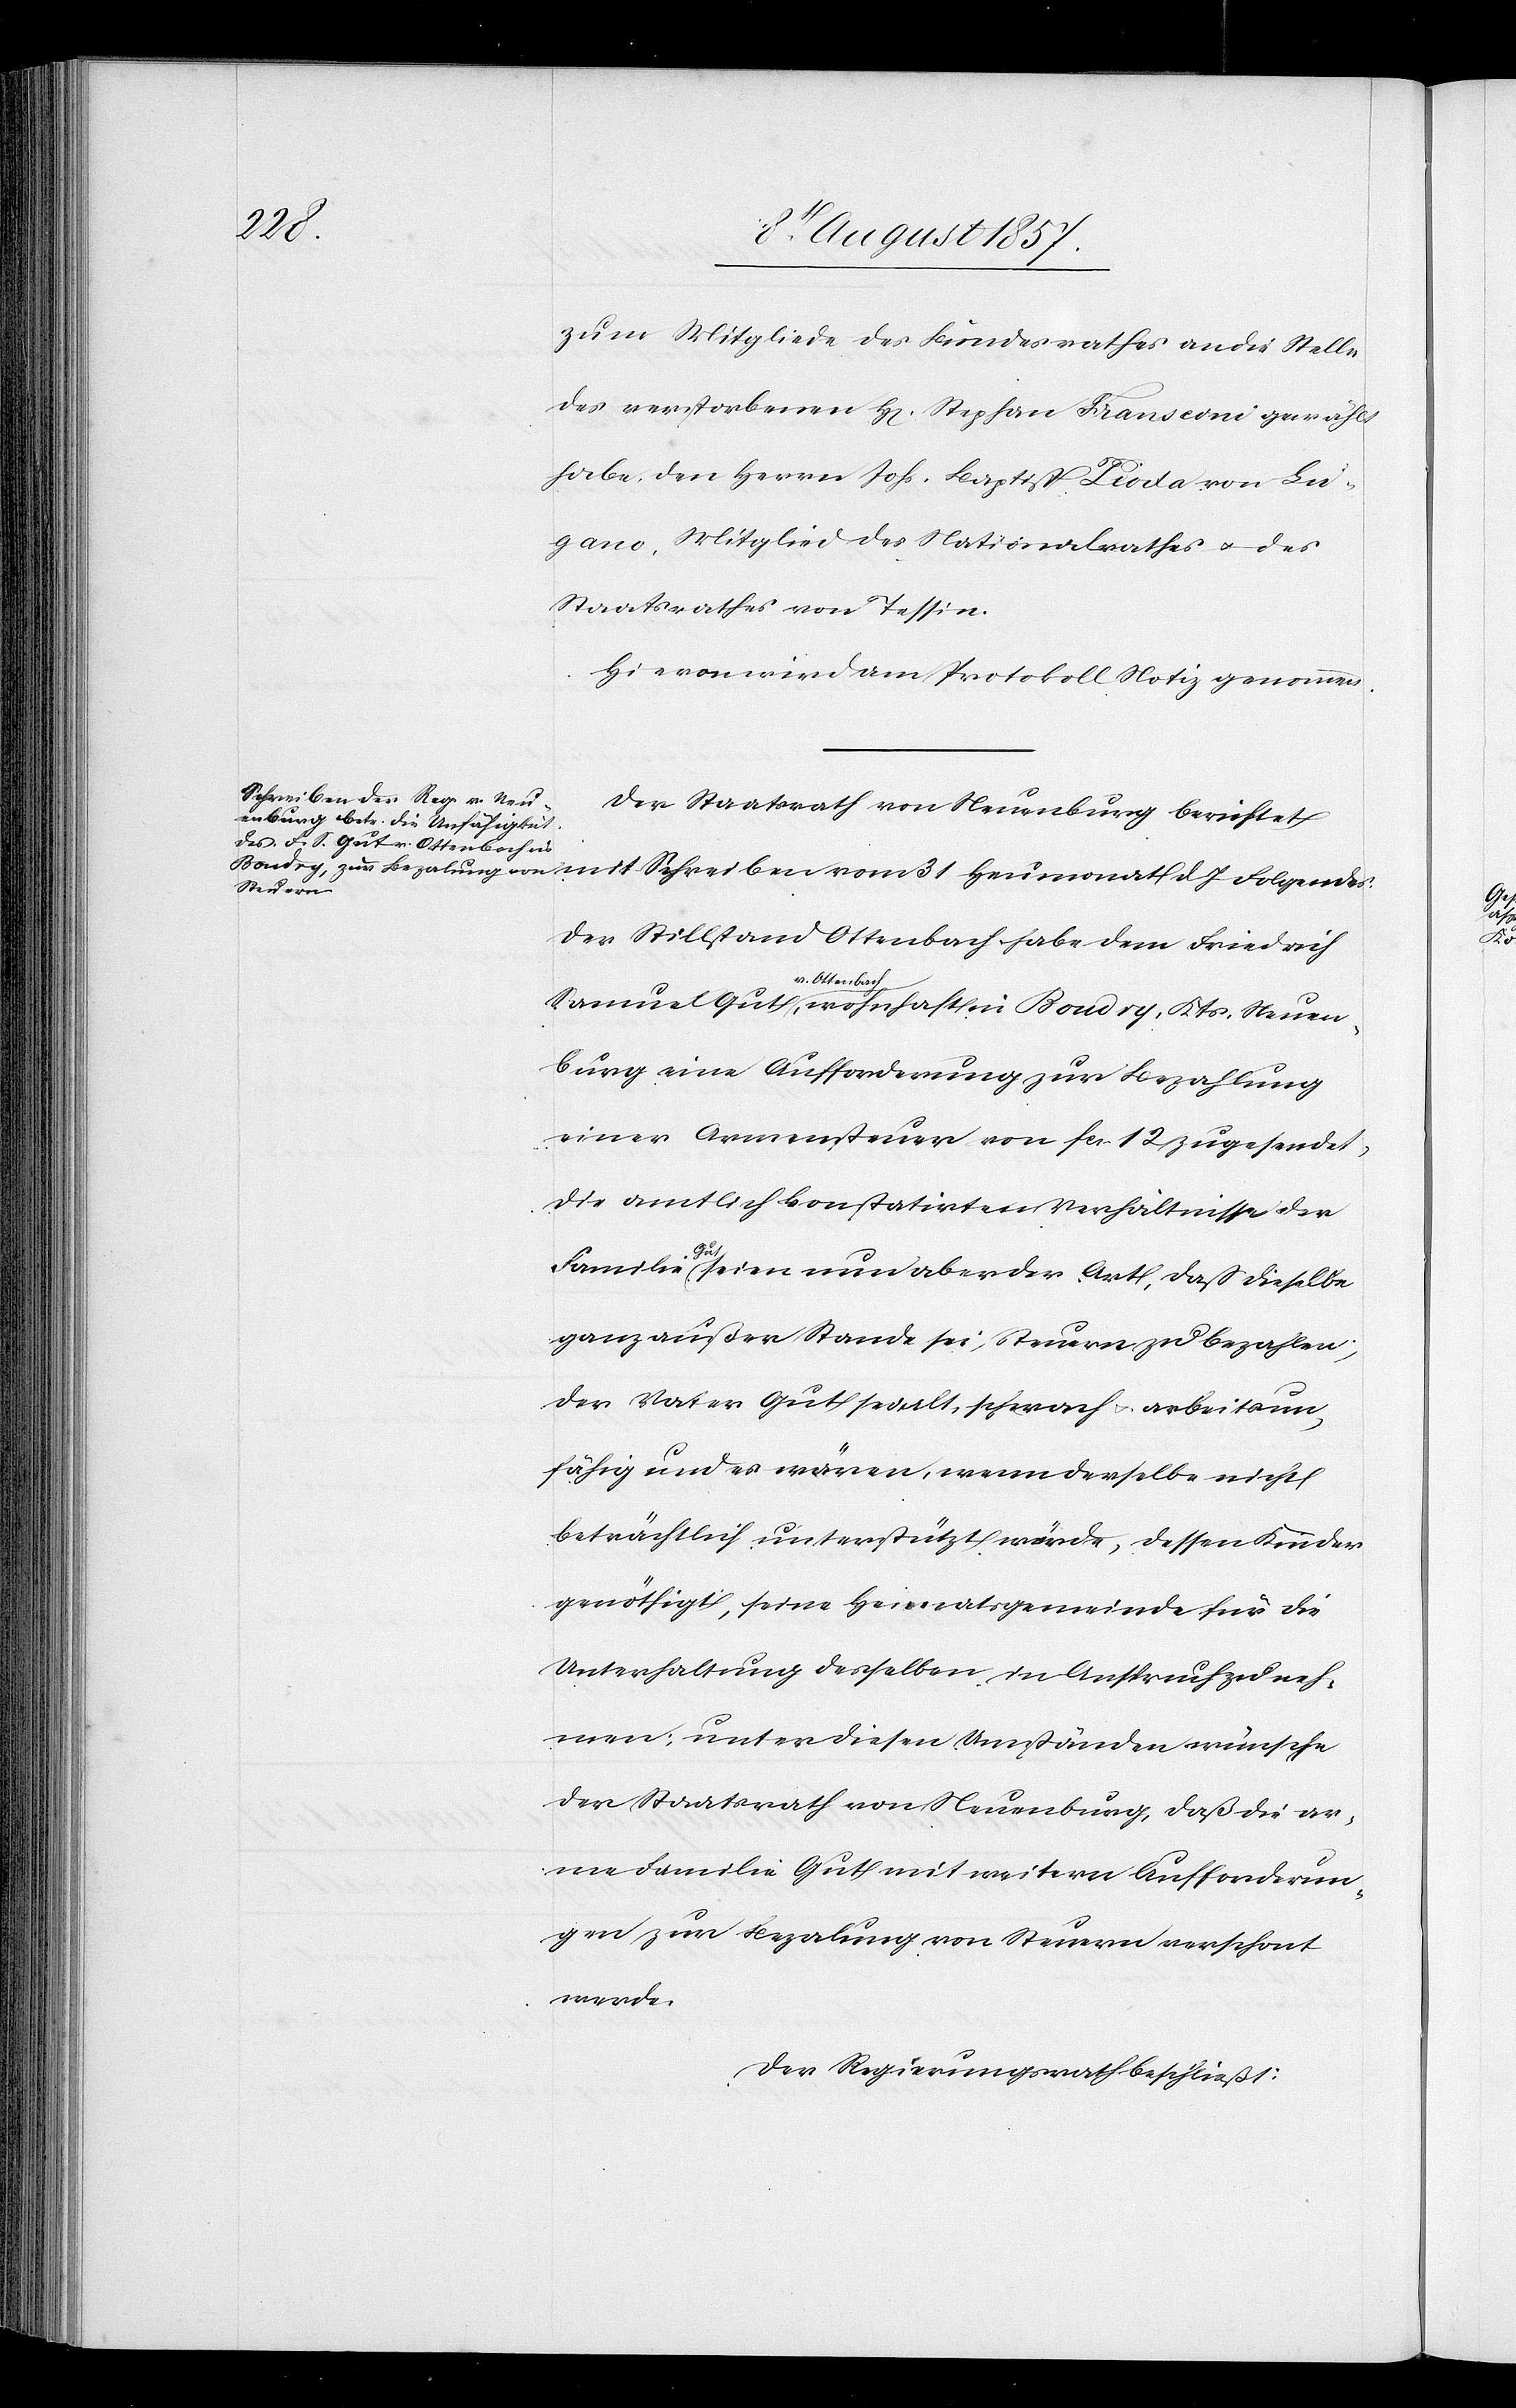
Kts.
zum Mitgliede des Bundesrathes an die Stelle
des verstorbenen H[errn] Stephan Fransconi gewählt
habe, den Herrn Johs. Baptist Piota von Lu¬
gano, Mitglied des Nationalrathes & des
Staatsrathes von Tessin.
Hievon wird am Protokoll Notiz genommen.
Der Staatsrath von Neuenburg berichtet
Neuen¬
Der Stillstand Ottenbach habe dem Friedrich
v. Ottenbach,
burg eine Aufforderung zur Bezahlung
einer Armensteuer von fcs. 12 zugesendet,
die amtlich konstatirten Verhältnisse der
Familie Gut seien nun aber der Art, daß dieselbe
ganz außer Stande sei, Steuern zu bezahlen;
der Vater Gut sei alt, schwach & arbeitsun¬
fähig und es wären, wenn derselbe nicht
beträchtlich unterstützt würde, dessen Kinder
genöthigt, seine Heimatsgemeinde für die
Unterhaltung desselben in Anspruch zu neh¬
men; unter diesen Umständen wünsche
der Staatsrath von Neuenburg, daß die ar¬
me Familie Gut mit weitern Anforderun¬
gen zur Bezahlung von Steuern verschont
werde.
Der Regierungsrath beschließt: